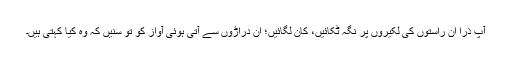
آپ ذرا اُن راستوں کی لکیروں پر نگہ ٹکائیں، کان لگائیں؛ اُن دراڑوں سے آتی ہوئی آواز کو تو سنیں کہ وہ کیا کہتی ہیں۔